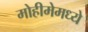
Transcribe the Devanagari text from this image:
मोहीमेमध्ये